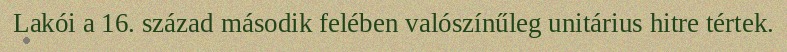
Lakói a 16. század második felében valószínűleg unitárius hitre tértek.